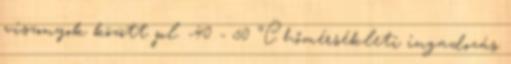
viszonyok között pl. -40 - 50 °C hőmérsékleti ingadozás